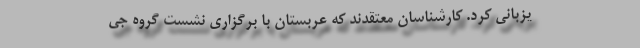
یزبانی ‌کرد. کارشناسان معتقدند که عربستان با برگزاری نشست گروه جی